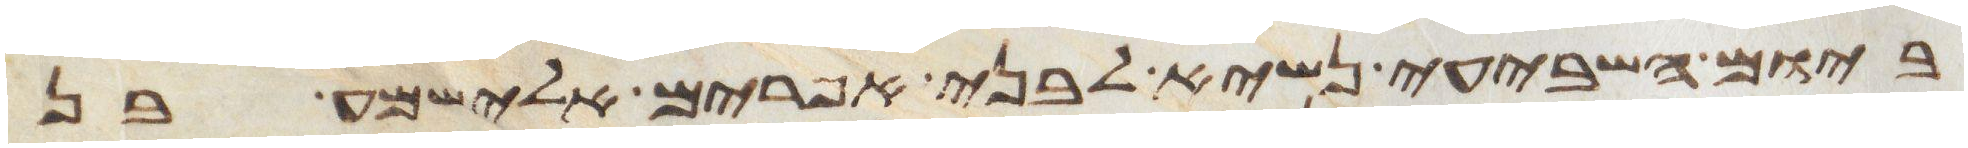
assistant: ביום השביעי נשיא לבני אפרים אלישמע בן